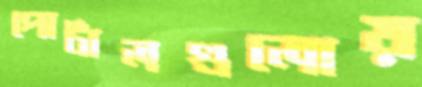
পোর্টালগুলোয়